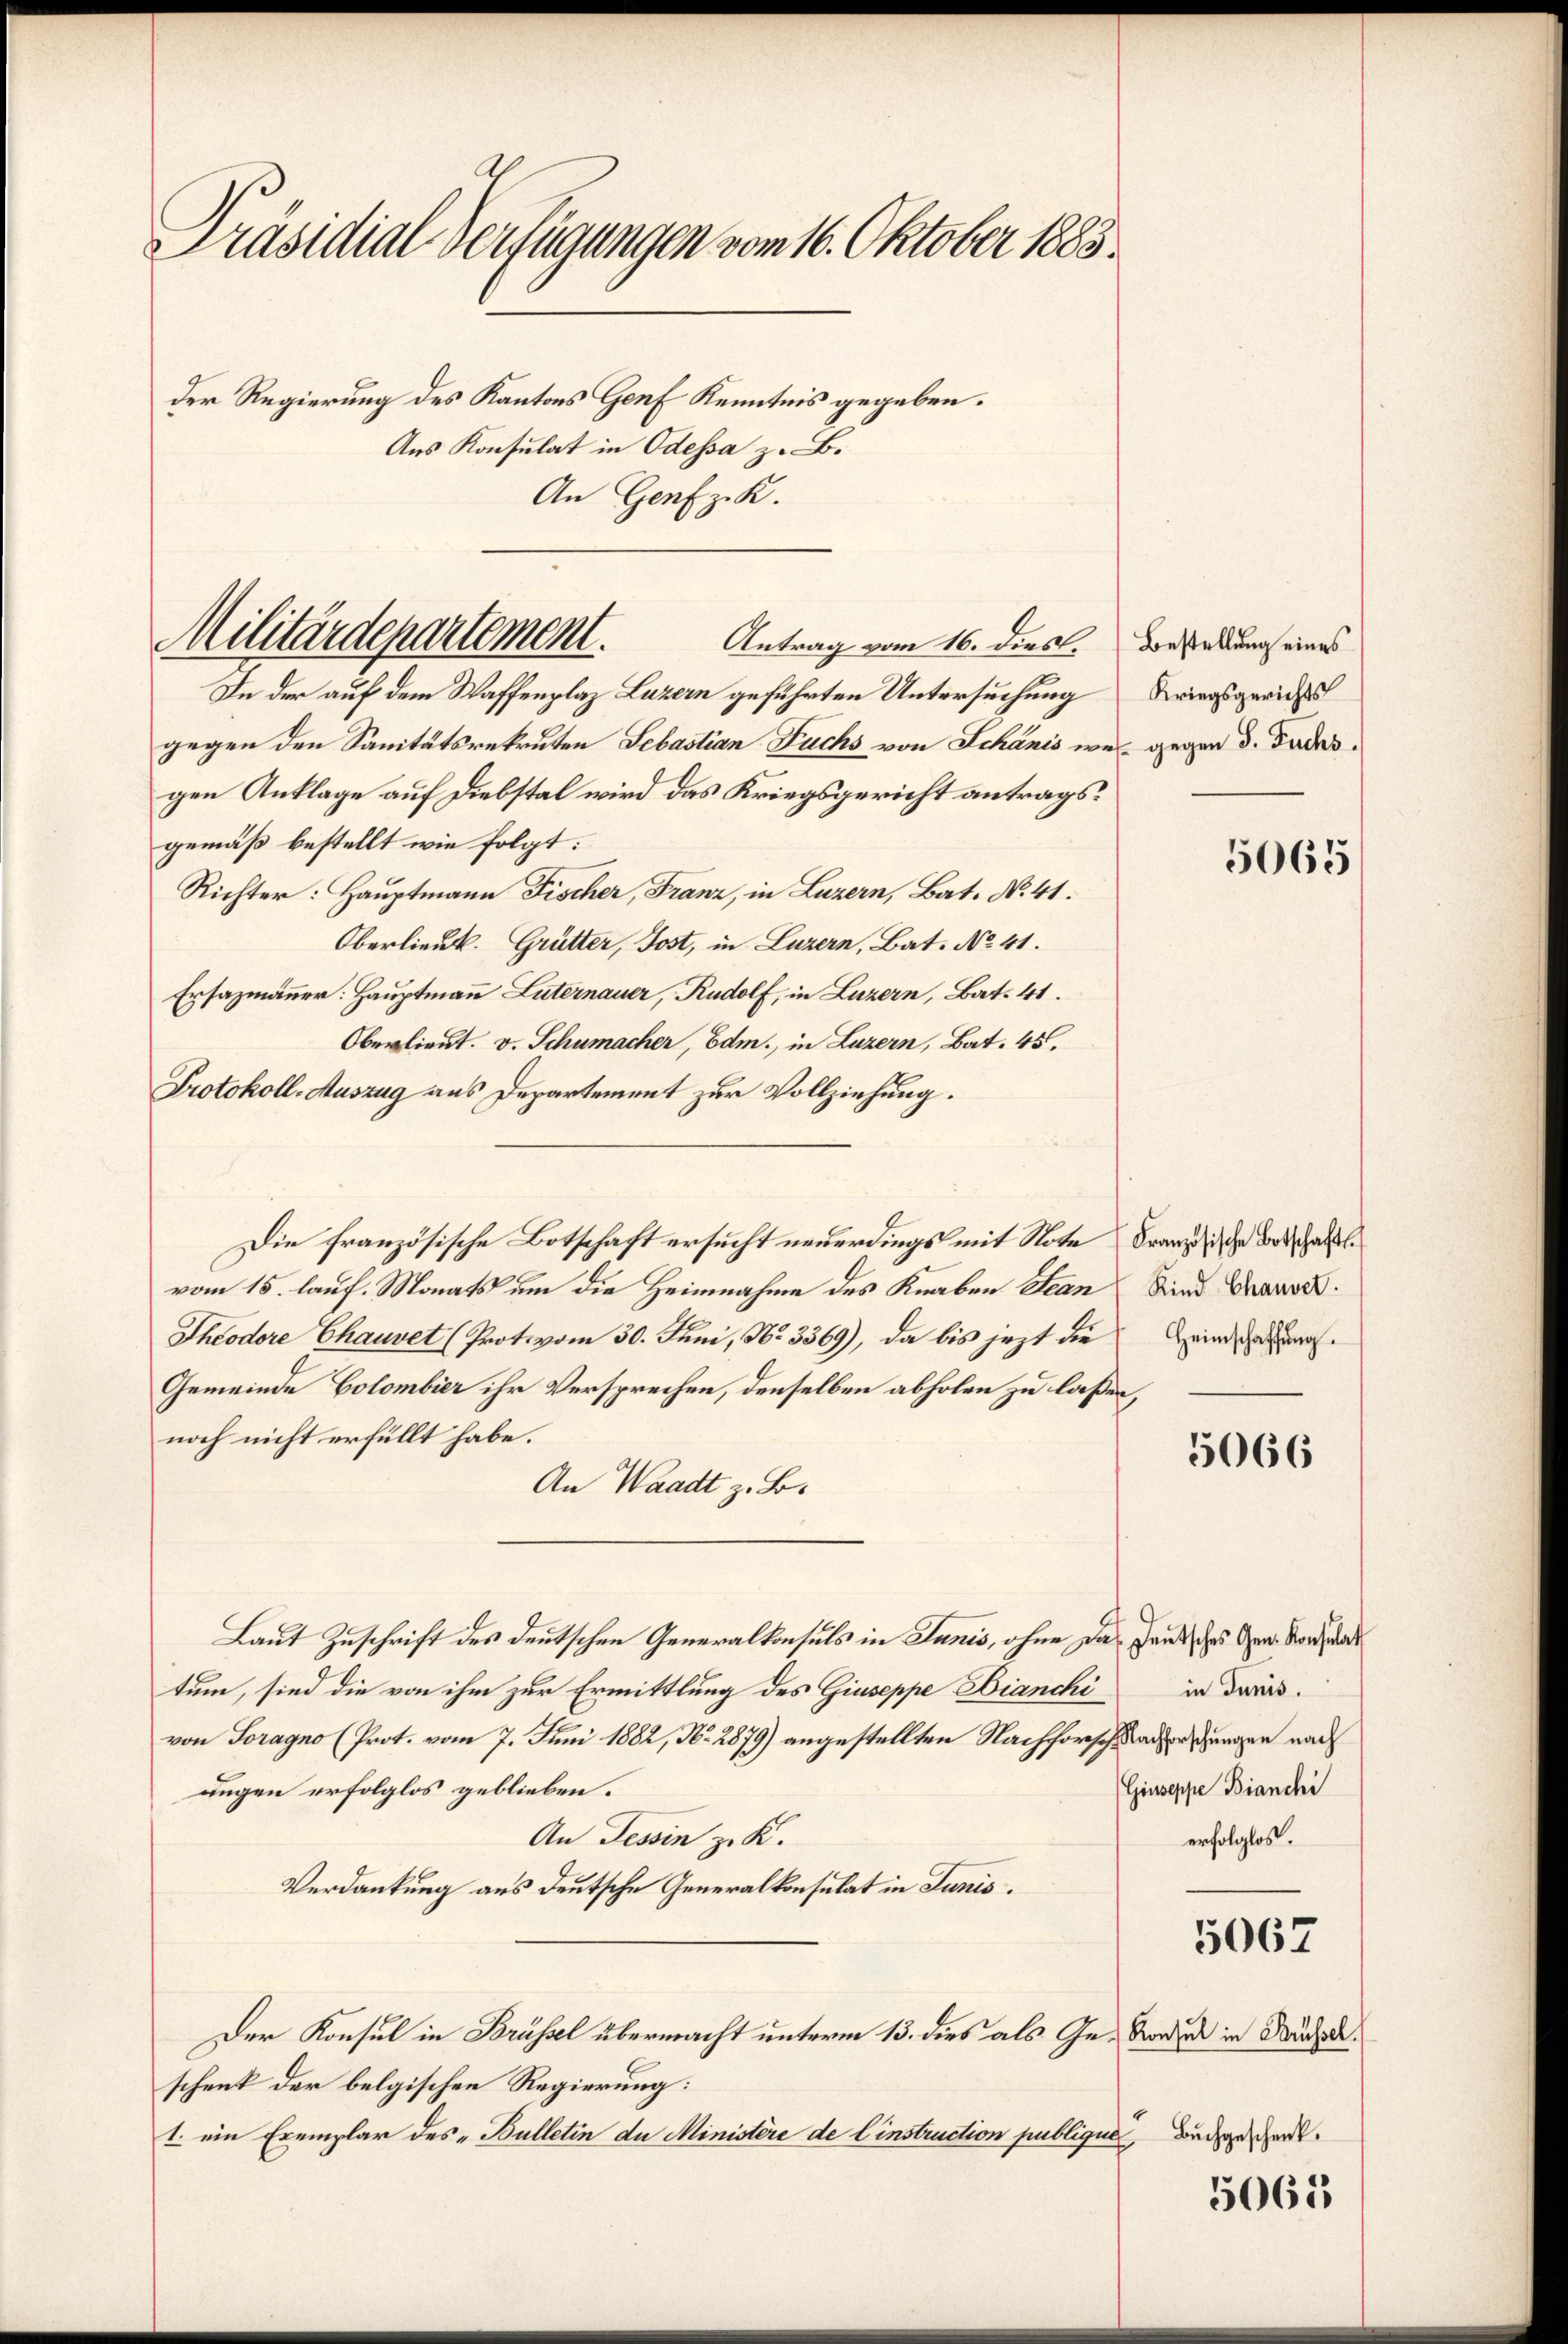
Präsidial-Verfügungen vom 16. Oktober 1883.
der Regierung des Kantons Genf Kenntnis gegeben.
Aus Konsulat in Odessa z. B.

Militärdepartement.
Antrag vom 16. dies

An Genf z. K.

In der auf dem Waffenplaz Luzern geführten Untersuchung Kriegsgerichts
gegen den Sanitätsrekruten Sebastian Fuchs von Schanis wer gegen d. Fades.
gen Anklage auf Diebstal wird das Kriegsgericht antragsgemäß bestellt wie folgt:
Richter: Hauptmann Fischer, Franz, in Luzern, Bat. No. 41.
Oberlieut. Grütter, Jost, in Luzern, Bat. No 41.
Ersazmänner: Hauptmann Luternauer, Rudolf, in Luzern, Bat. 41.
Oberlieut. v. Schumacher, Edm., in Luzern, Bat. 45.
Protokoll-Auszug aus Departement zur Vollziehung.
Die französische Botschaft ersucht neuerdings mit Note Franziehe Beschaftl
vom 15. lauf. Monats um die Heimnahme des Knaben Jean Kind Cano¬
Theodore Chauvet (Protovom 30. Juni, No. 3369), da bis jezt die Heimgehungs¬
Gemeinde Colombier ihr Versprechen, denselben abholen zu laßen,
noch nicht erfüllt habe.
An Waadt z. B.
Laut Zuschrift des deutschen Generalkonsuls in Junis, ohne das Hausisches Gen. Vorwa
tum, sind die von ihm zur Ermittlung des Giuseppe Bianchi
von Soragno (Prot. vom 7. Juni 1882, No. 2879) angestellten Nachforschaderschungen nach
ungen erfolglos geblieben.
An Tessin z. K.
Verdankung aus deutsche Generalkonsulat in Junis.
Der Konsul in Brüssel übermacht unterm 13. dies als Ge-Vorden in Nachdeschenk der belgischen Regierung:
1. ein Exemplar des „Bulletin de Ministère de l’instruction publiques

Bestellung eines

5065

5066

in Junis.
Giuseppe Bianchi
erfolglos.

5067

Buchgeschenk.

5065